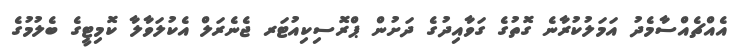
އެއްޗެއްސާމެދު އަމަލުކުރާނެ ގޮތުގެ ގަވާއިދުގެ ދަށުން ޕްރޮސިކިއުޓަރ ޖެނެރަލް އެކުލަވާލާ ކޮމިޓީގެ ބެލުމުގެ